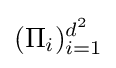
(\Pi _{i})_{i=1}^{d^{2}}